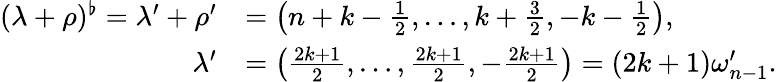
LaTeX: \begin{array}{rl}{(\lambda+\rho)^{\flat}=\lambda^{\prime}+\rho^{\prime}}&{=\left(n+k-\frac{1}{2},\ldots,k+\frac{3}{2},-k-\frac{1}{2}\right),}\\ {\lambda^{\prime}}&{=\left(\frac{2k+1}{2},\ldots,\frac{2k+1}{2},-\frac{2k+1}{2}\right)=(2k+1)\omega_{n-1}^{\prime}.}\end{array}